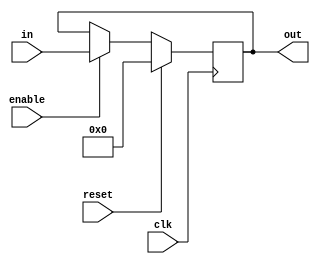
module genericRegister #(parameter N = 32) (
    input clk,reset,enable,
    input signed [N-1:0] in,
	output  reg signed[N-1:0] out
);
	always @(posedge clk)
		begin
			if (reset) 
				out <= 0;
			else if(enable)
				out <= in;
		end
endmodule

module boothMultiplier(
    input signed [31:0] multiplicand,
    input signed [31:0] multiplier,
    output signed [63:0] result
);
    reg [64:0] Acc;
    integer i;
    reg [31:0] multiplicand_temp;

    always @(*) begin  
        Acc = 65'b0;
        Acc[32:1] = multiplier;
        multiplicand_temp = multiplicand;
        for (i = 0; i < 32; i = i + 1) begin
            if (Acc[0] == 1'b1 && Acc[1] == 1'b0)
                Acc[64:33] = Acc[64:33] + multiplicand_temp;
            else if (Acc[0] == 1'b0 && Acc[1] == 1'b1)
            begin
                Acc[64:33] = Acc[64:33] - multiplicand_temp;
            end

            Acc = {Acc[64], Acc[64:1]};
        end
        end

    assign  result = Acc[64:1];
 endmodule
 
module registeredBooth #(parameter N = 32 ) (
    input clk,reset,enable,
    input signed [N-1:0] A, B,
    output signed [2*N-1:0] result
);
wire [2*N-1:0] regAB,regOut;

genericRegister #(64) AB (clk,reset,enable,{A,B}, regAB);
boothMultiplier boothMult (regAB[63:32], regAB[31:0], regOut);
genericRegister #(64) finalOutput (clk, reset, enable, {regOut}, {result});

endmodule